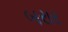
બરાર